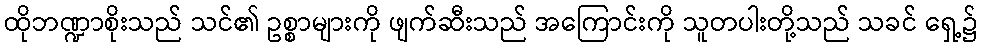
ထိုဘဏ္ဍာစိုးသည် သင်၏ ဥစ္စာများကို ဖျက်ဆီးသည် အကြောင်းကို သူတပါးတို့သည် သခင် ရှေ့၌